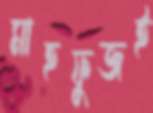
মাহফুজই